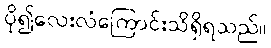
ပို၍လေးလံကြောင်းသိရှိရသည်။